Annual report of the Civil Veterinary Department, Bengal, and of the Bengal Veterinary College, for the year 1900-1901 - 1900-1901
Year: 1900
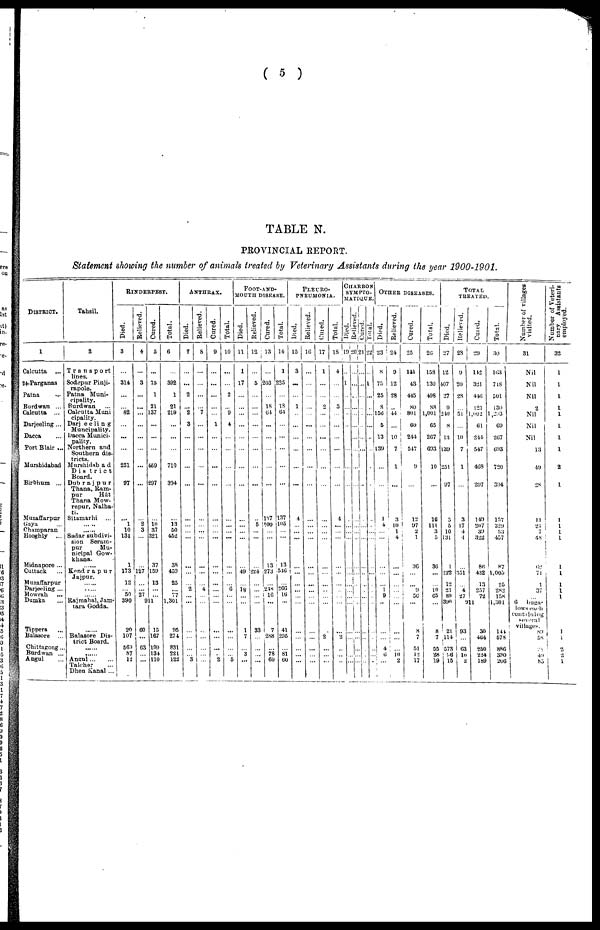
( 5 )
TABLE N.
PEOVINCIAL REPORT.
Statement showing the number of animals treated by Veterinary Assistants during the year 1900-1901.
DISTRICT.
1
Calcutta ...
24-Parganas
Patna ...
Burdwan ...
Calcutta ...
Darjeeling ...
Dacca ...
Port Blair ...
Murshidabad
Birbhum ...
Muzaffarpur
Gaya
...
Champaran
Hooghly ...
Midnapore ...
Cuttack ...
Muzaffarpur
Darjeeling ...
Howrah...
Dumka...
Tippera ...
Balasore ...
Chittagong ...
Burdwan ...
Angul...
Tahsil.
2
Transport
Sodepur Pinji-
rapole.
Patna Muni-
cipality.
Burdwan ...
Calcutta Muni
cipality.
Darjee1ing
Muncipality.
Dacca Munici-
pality.
Northern and
Southern dis-
tricts.
Murshidabad
District
Board.
Dubrajpur
Thana, Ram-
pur
Hat
Thana Mow-
repur, Nalha-
tu
Sitamarhi ...
... ..
... Sadar subdivi-
sion Seram-
pur
Mu-
nicipal Gow-
khana.
... Kendrapur
Jajpur.
...
...
... Rajmahal, Jam-
tara Godda.
... Balasore Dis-
trict Board.
... ...
Angul ... ...
Talcher ...
Dhen Kanal ...
RINDERPEST.
Died.
3
...
314
...
... 82
...
...
...
251
97
...
1
10
131
1
173
12
... 50
390
20
107
569
87
12
Relieved. |
4
...
3
...
...
...
...
...
...
...
...
...
2
3
...
... 127
...
... 27
9
60
...
63
...
...
Cured.
5
...
75
1
21
137
...
...
...
469
297
...
10 37
321
37
159
13
...
... 11
15
167
199
134
110
Total.
6
...
392
1
21
219
...
...
...
710
394
...
13
50
452
38
409
25
... 77
1,301
95
274
831
221
122
ANTHRAX.
Died.
7
...
...
2
... 2
3
...
...
...
...
...
...
...
...
...
...
... 2
...
...
...
...
...
... 3
Relieved.
8
...
...
...
... 7
...
...
...
...
...
...
...
...
...
...
...
... 4
...
...
...
...
...
...
Cured.
9
...
...
...
...
...
1
...
...
...
...
...
...
...
...
...
...
...
...
...
...
...
...
...
2
Total.
10
...
...
2
... 9
4
...
...
...
...
...
...
...
...
...
...
...
6
...
...
...
...
... 5
FOOT-AND-
MOUTH DISEASE.
Died.
11
1
17
...
...
...
...
...
...
...
...
...
...
...
...
... 49
...
18
...
1
7
... 3
...
Relieved.
12
...
5
...
...
...
...
...
...
...
...
...
5
...
...
... 224
...
...
33
...
...
...
...
Cured.
13
...
203
...
18
64
...
...
...
...
...
137
1.00
...
...
13
273
... 248
i 16
...
7
288
... 78
60
Total.
14
1
225
...
18
64
...
...
...
...
...
137
105
...
...
13
546
... 266
16
...
41
295
... 81
60
PLEURO-
---------.
Died.
15
3
...
...
1
...
...
...
...
...
...
4
...
...
...
... ...
...
...
...
...
...
...
...
Relieved.
16
...
...
...
...
...
...
...
...
...
...
...
...
...
...
...
...
...
...
...
...
...
...
...
Cured.
17
1
...
...
2
...
...
...
...
...
...
...
...
...
...
...
...
...
...
... 2
...
...
...
Total.
18
4
...
...
3
...
...
...
...
...
...
4
...
...
...
...
...
...
...
...
...
...
...
CHARBON
SYMPTO-
MATIQUE
Died.
19
...
1
...
...
...
...
...
...
...
...
...
...
...
...
...
...
.
...
...
2
...
...
...
Relieved.
20
...
...
...
...
...
..
...
...
...
...
...
...
...
...
... ...
...
...
...
...
...
...
...
...
...
...
i Cured.
21
...
...
...
...
...
...
...
..
...
...
...
...
. .
....
...
...
.. ...
..
...
...
Total.
22
...
1
...
..
...
...
...
...
...
.
...
...
...
...
...
...
...
...
...
...
...
...
OTHER DISEASES.
Died.
23
8
75
25
8
156
5
13
139
...
...
1
4
...
...
...
...
... 1
9
...
... ...
4
6
...
Relieved. |
24
9
12
28
... 44
...
10
7
1
...
3
10
1
4
...
...
...
...
...
...
... 10
2
Cured.
25
141
43
445
80
801
60
244
517
9
...
12
97
2
1
36
...
... 9
56
...
8
7
51
12
17
Total.
26
158
130
498
88
1,001
65
267
693
10
...
16
111
3
5
36
...
... 10
65
...
8
7
55
28
19
TOTAL
TREATED
Died.
27
12
107
27
9
240
8
13
139
251
97
5
5
10
131
1
.222
12
21
59
390
21
114
573
96 15
Relieved.
28
9
20
28
... 51
...
10
7
1
...
3
17
4
4
351
... 4
27
9
93
...
63
10
2
Cured.
29
112
321
446
121
1,002
61
244
547
468
297
149
207
39
322
86
432
13
257
72
11
30
464
250
224
189
Total.
30
163
718
501
130
1,293
69
267
693
720
394
157
229
53
457
87
1,005
25
282
158
1,301
144
578
886
330
206
Number of villages
visited.
31
Nil
Nil
Nil
2
Nil
Nil
Nil
13
49
2S
11
2i
7
48
62
71
1
37
6
buga
lows each
containing
villages.
89
58
29
49
85
Number of Veteri-
nary
Assistants
employed.
32
1
1
1
1
l
l
1
1
2
1
1
1
1
1
1
1
1
1
1
1
1
2 2
1